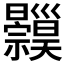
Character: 𱵸